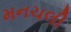
મનચલી